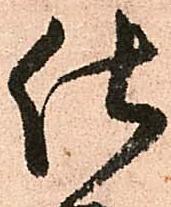
仕